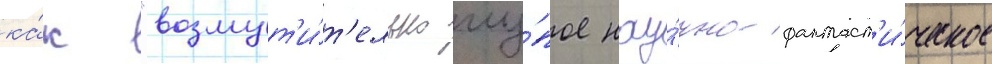
ка́к "возмут'и́т'ельно глу́пое нау́чно-фантаст'и́ческое